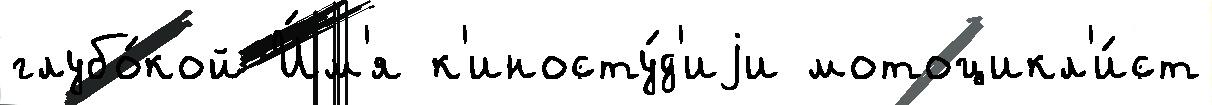
глубо́кой И́м'я к'иносту́д'иjи мотоцикл'и́ст